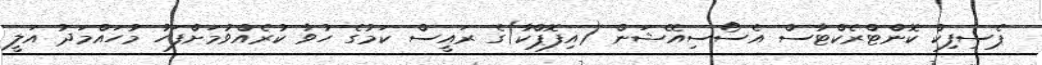
ޕެސިފިކް ކޮންޓްރެކްޓާސް އެސޯސިއޭޝަން (އިފޮޕްކާ)ގެ ރައީސް ކަމުގެ ހުވާ ކުރެއްވުމަށްފަހު މުހައްމަދު އަލީ